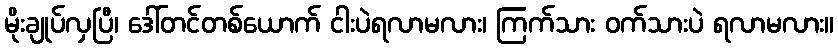
မိုးချုပ်လှပြီ၊ ဒေါ်တင်တစ်ယောက် ငါးပဲရလာမလား၊ ကြက်သား ဝက်သားပဲ ရလာမလား။